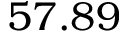
5 7 . 8 9